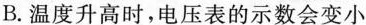
B.温度升高时，电压表的示数会变小